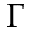
\Gamma